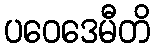
ပဝေဒေမီတိ